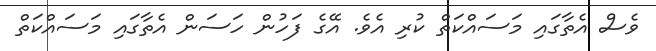
ވެސް އެތާގައި މަސައްކަތް ކުރި އެވެ. އޭގެ ފަހުން ހަސަން އެތާގައި މަސައްކަތް